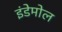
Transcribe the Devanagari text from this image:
इंडेमोल